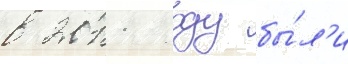
в 2011 году бы́л'и